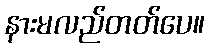
နားမလည်တတ်ပေ။